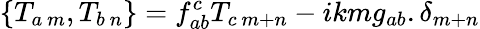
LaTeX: \left\{ T_{a\ m},T_{b\ n}\right\} =f_{ab}^{c}T_{c\ m+n}-ikmg_{ab}.\delta_{m+n}